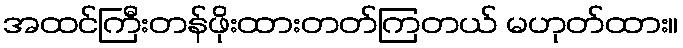
အထင်ကြီးတန်ဖိုးထားတတ်ကြတယ် မဟုတ်ထား။